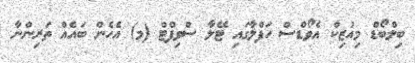
ބިލްބޯޑް މިއުޒިކް އެވޯޑްސް ހަފްލާގައި ޓޭލާ ސްވިފްޓް (މ) އެހެން ބައެއް ތަރިންނާ